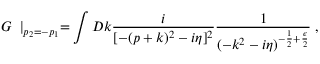
{ \cal G } \frac { } { } \mid _ { p _ { 2 } = - p _ { 1 } } = \int { \cal D } k \frac { i } { [ - ( p + k ) ^ { 2 } - i \eta ] ^ { 2 } } \frac { 1 } { ( - k ^ { 2 } - i \eta ) ^ { - \frac { 1 } { 2 } + \frac { \epsilon } { 2 } } } \; ,